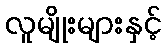
လူမျိုးများနှင့်